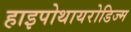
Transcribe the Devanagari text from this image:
हाइपोथायरोडिज्म